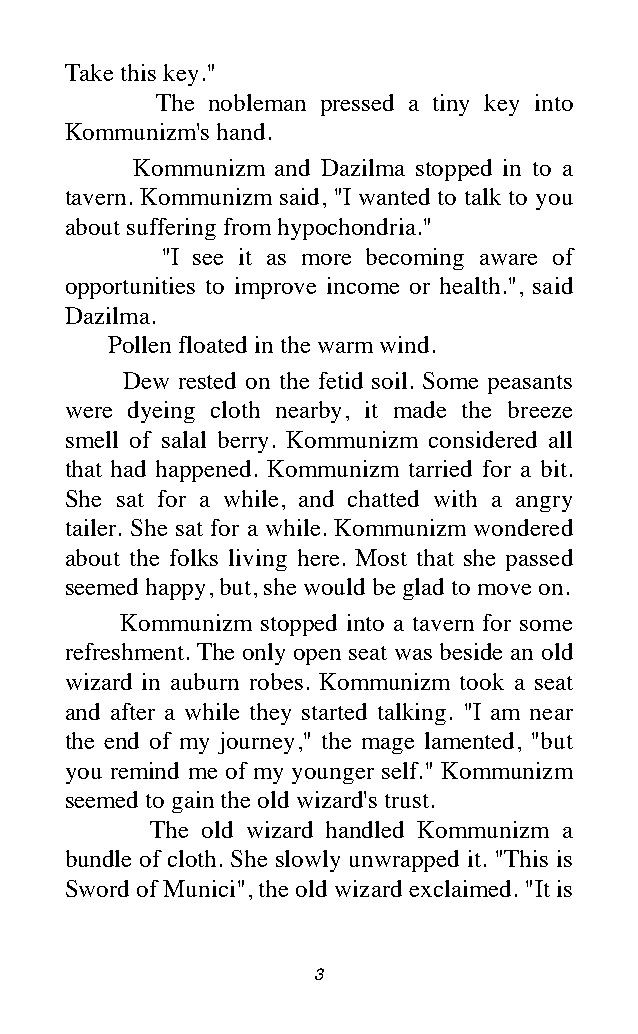
Take this key."
 The nobleman pressed a tiny key into
 Kommunizm's hand.
 Kommunizm and Dazilma stopped in to a
 tavern. Kommunizm said, "I wanted to talk to you
 about suffering from hypochondria."
 "I see it as more becoming aware of
 opportunities to improve income or health.", said
 Dazilma.
 Pollen floated in the warm wind.
 Dew rested on the fetid soil. Some peasants
 were dyeing cloth nearby, it made the breeze
 smell of salal berry. Kommunizm considered all
 that had happened. Kommunizm tarried for a bit.
 She sat for a while, and chatted with a angry
 tailer. She sat for a while. Kommunizm wondered
 about the folks living here. Most that she passed
 seemed happy, but, she would be glad to move on.
 Kommunizm stopped into a tavern for some
 refreshment. The only open seat was beside an old
 wizard in auburn robes. Kommunizm took a seat
 and after a while they started talking. "I am near
 the end of my journey," the mage lamented, "but
 you remind me of my younger self." Kommunizm
 seemed to gain the old wizard's trust.
 The old wizard handled Kommunizm a
 bundle of cloth. She slowly unwrapped it. "This is
 Sword of Munici", the old wizard exclaimed. "It is
 3